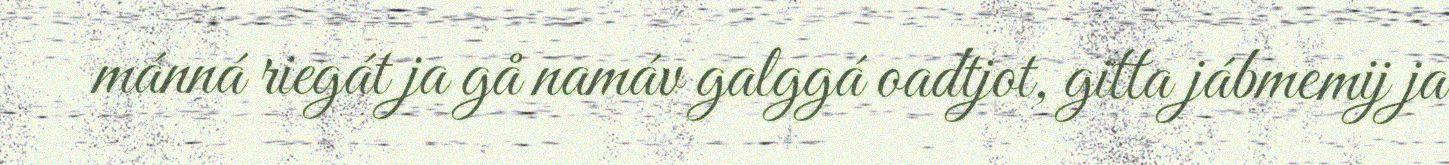
mánná riegát ja gå namáv galggá oadtjot, gitta jábmemij ja